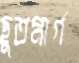
ছুতমার্গ